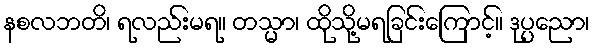
နစလဘတိ၊ ရလည်းမရ။ တသ္မာ၊ ထိုသို့မရခြင်းကြောင့်။ ဒုပ္ပညော၊